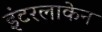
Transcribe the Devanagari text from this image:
इंटरलाकेन